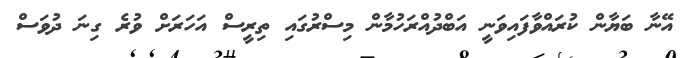
އޭނާ ބަޔާން ކުރައްވާފައިވަނީ އަބްދުއްރަހުމާން މިސްރުގައި ތިރީސް އަހަރަށް ވުރެ ގިނަ ދުވަސް